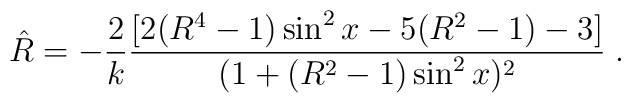
{\hat R}=-{2\over k}{[2(R^{4}-1)\sin^2 x-5(R^2-1)-3 ] \over (1+(R^2-1)\sin^2 x)^2} \; .